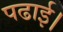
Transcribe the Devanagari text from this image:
पढाई।